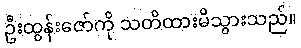
ဦးထွန်းဇော်ကို သတိထားမိသွားသည်။